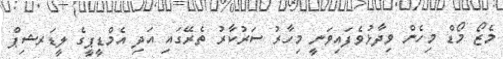
މެޒޯ މޯޑް މިހެން ވިދާޅުވެފައިވަނީ މިހާރު ސަރުކާރު ތެރޭގައި އަދި އެމްޑީޕީގެ ލީޑަރޝިޕް